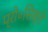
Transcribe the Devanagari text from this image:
प्रो॰सिब्ते